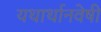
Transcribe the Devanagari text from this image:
यथार्थानवेषी